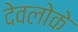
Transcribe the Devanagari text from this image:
देवलोके